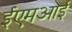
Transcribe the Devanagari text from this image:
ईएमअाई